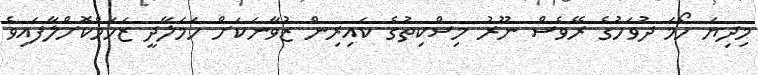
މިދިޔަ ހޯމަ ދުވަހުގެ ރޭވެސް ނޫރު މިސްކިތުގެ ކައިރިން ޒުވާނަކަށް ހަމަލާދީ ޒަހަމްކޮށްލާފައިވެ